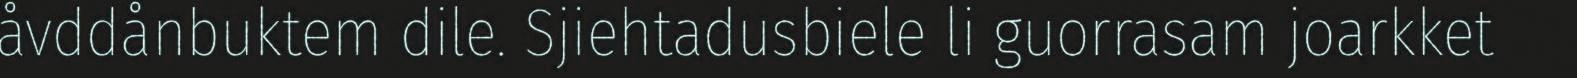
åvddånbuktem dile. Sjiehtadusbiele li guorrasam joarkket